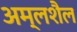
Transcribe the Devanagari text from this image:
अम्लशैल